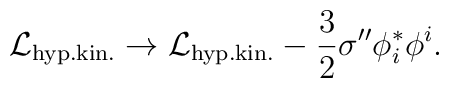
{\cal L}_{\rm hyp.kin.} \rightarrow   {\cal L}_{\rm hyp.kin.} - \frac32 \sigma'' \phi^*_i \phi^i.